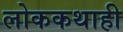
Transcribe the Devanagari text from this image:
लोककथाही